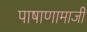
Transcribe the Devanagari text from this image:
पाषाणामाजी